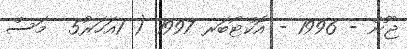
ޖޫން - 1996 - އޮކްޓޯބަރ 1997 ( 1އަހަރު5  މަސް